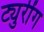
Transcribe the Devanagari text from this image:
ट्युरींग